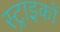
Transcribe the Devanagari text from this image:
स्ट्राइकों